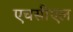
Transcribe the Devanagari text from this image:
एचसीएल